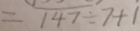
= 1 4 7 \div 7 + 1